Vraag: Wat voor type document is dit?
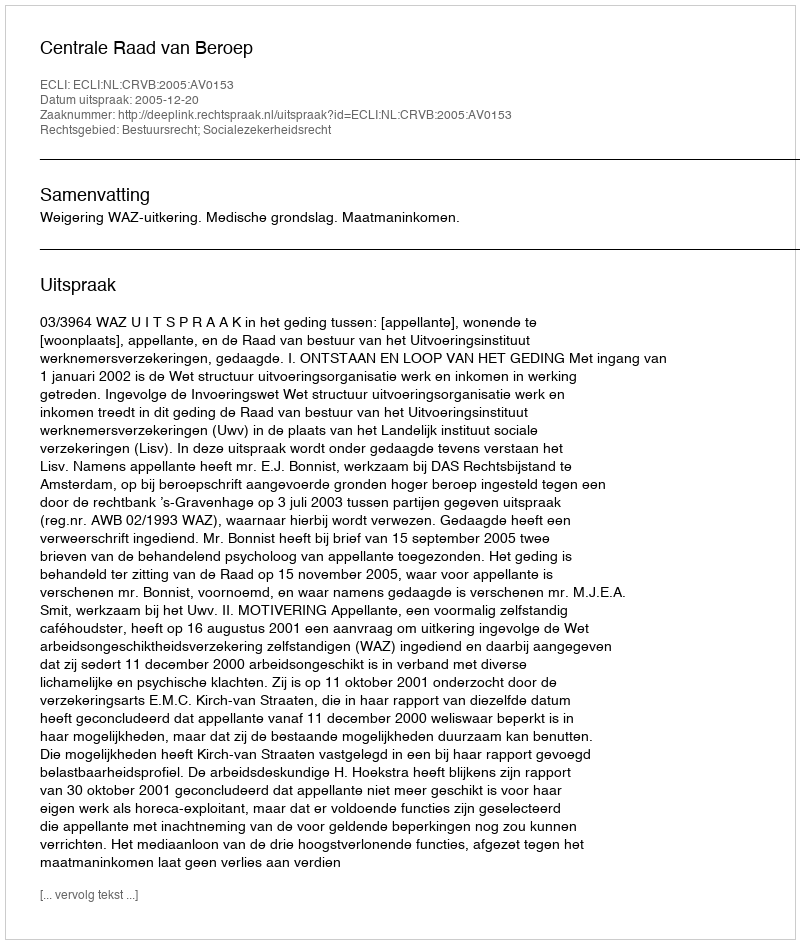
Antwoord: Uitspraak